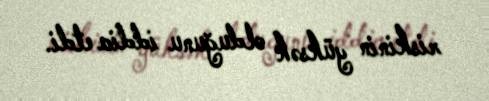
riskinin yüksək olduğunu iddia etdi.